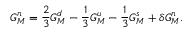
G _ { M } ^ { n } = \frac { 2 } { 3 } G _ { M } ^ { d } - \frac { 1 } { 3 } G _ { M } ^ { u } - \frac { 1 } { 3 } G _ { M } ^ { s } + \delta G _ { M } ^ { n } .